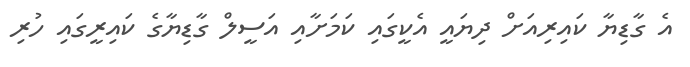
އެ ގާޑިޔާ ކައިރިއަށް ދިޔައީ އެކީގައި ކަމަށާއި އަސީލް ގާޑިޔާގެ ކައިރީގައި ހުރި